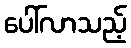
ပေါ်လာသည့်